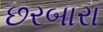
છરબારા